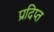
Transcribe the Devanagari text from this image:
प्रदिप्त